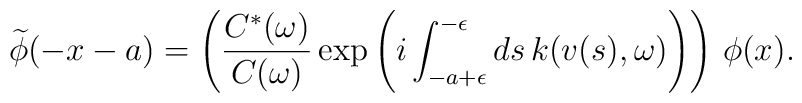
\widetilde{\phi}(-x-a) = \Biggl(\frac{C^*(\omega)}{C(\omega)} \exp\left(i\int_{-a+\epsilon}^{-\epsilon}ds\, k(v(s),\omega)\Biggr)\right)\, \phi(x).